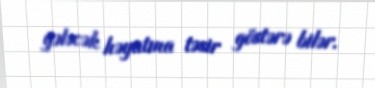
gələcək həyatına təsir göstərə bilər.